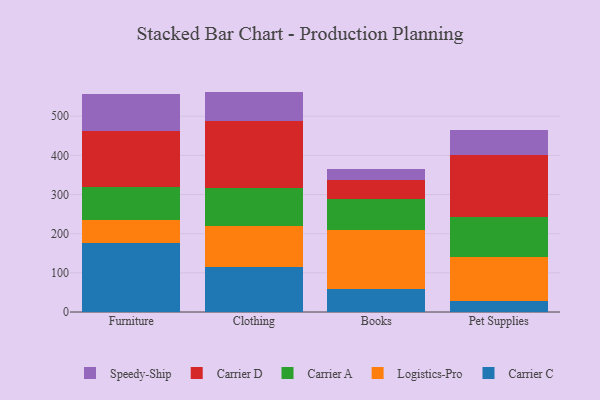
{"axis": {"x": "Category", "y": "Website Visitors"}, "legend": ["Carrier A", "Carrier C", "Carrier D", "Logistics-Pro", "Speedy-Ship"], "data": [{"x": "Furniture", "y": 176.4, "type": "Carrier C"}, {"x": "Furniture", "y": 59.4, "type": "Logistics-Pro"}, {"x": "Furniture", "y": 84.2, "type": "Carrier A"}, {"x": "Furniture", "y": 142.8, "type": "Carrier D"}, {"x": "Furniture", "y": 94.3, "type": "Speedy-Ship"}, {"x": "Clothing", "y": 115.3, "type": "Carrier C"}, {"x": "Clothing", "y": 104.9, "type": "Logistics-Pro"}, {"x": "Clothing", "y": 96.0, "type": "Carrier A"}, {"x": "Clothing", "y": 170.9, "type": "Carrier D"}, {"x": "Clothing", "y": 75.8, "type": "Speedy-Ship"}, {"x": "Books", "y": 57.8, "type": "Carrier C"}, {"x": "Books", "y": 150.5, "type": "Logistics-Pro"}, {"x": "Books", "y": 81.4, "type": "Carrier A"}, {"x": "Books", "y": 48.5, "type": "Carrier D"}, {"x": "Books", "y": 27.4, "type": "Speedy-Ship"}, {"x": "Pet Supplies", "y": 28.2, "type": "Carrier C"}, {"x": "Pet Supplies", "y": 111.5, "type": "Logistics-Pro"}, {"x": "Pet Supplies", "y": 101.7, "type": "Carrier A"}, {"x": "Pet Supplies", "y": 159.8, "type": "Carrier D"}, {"x": "Pet Supplies", "y": 63.0, "type": "Speedy-Ship"}]}